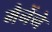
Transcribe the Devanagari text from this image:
मैनेंने